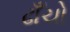
ઢાઁચો